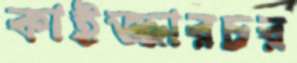
কাইজ্জারচর